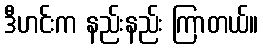
ဒီဟင်းက နည်းနည်း ကြာတယ်။